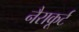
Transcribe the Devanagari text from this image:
नैराकूर्ट